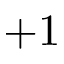
+ 1